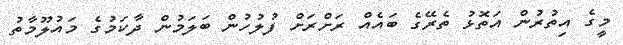
މީގެ އިތުރުން އަތޮޅު ތެރޭގެ ބައެއް ރަށްރަށް ފުލުހުން ބަލަމުން ދާކަމުގެ މައުލޫމާތު